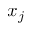
x _ { j }